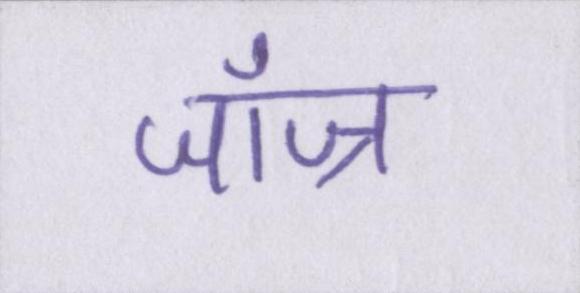
जॉज्र